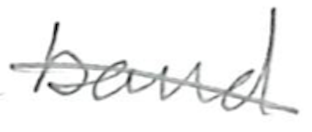
Text: band
Cross-out: diagonal
Writing tool: pencil